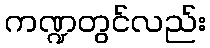
ကဏ္ဍတွင်လည်း